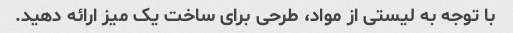
با توجه به لیستی از مواد، طرحی برای ساخت یک میز ارائه دهید.